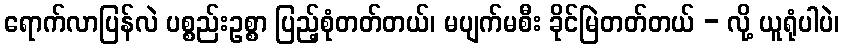
ရောက်လာပြန်လဲ ပစ္စည်းဥစ္စာ ပြည့်စုံတတ်တယ်၊ မပျက်မစီး ခိုင်မြဲတတ်တယ် - လို့ ယူရုံပါပဲ၊